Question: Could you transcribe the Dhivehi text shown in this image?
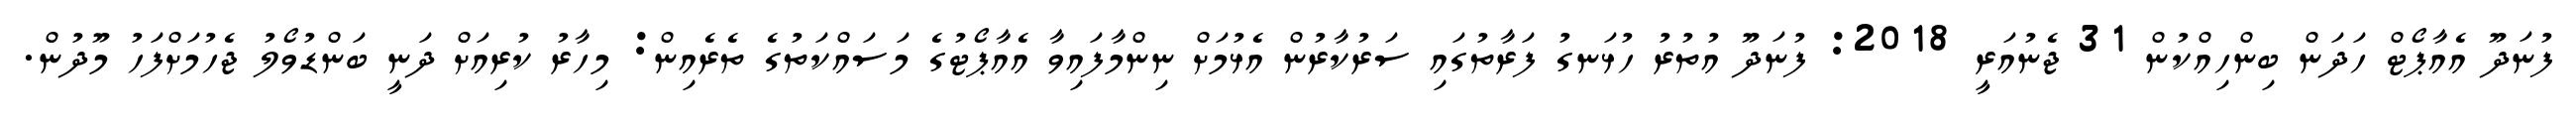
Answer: ފުނަދޫ އެއާޕޯޓް ހަދަން ބިންހިއްކުން 31 ޖެނުއަރީ 2018: ފުނަދޫ އުތުރު ހުޅަނގު ފަރާތުގައި ސަރުކާރުން އެޅުމަށް ނިންމާފައިވާ އެއާޕޯޓުގެ މަސައްކަތުގެ ތެރެއިން: މިހާރު ކުރިއަށް ދަނީ ބަންޑުވޯލު ޖެހުމަށްފަހު މޫދުން.